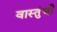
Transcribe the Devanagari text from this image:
वास्तुंची